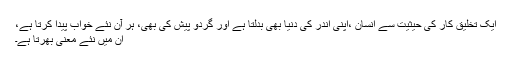
ایک تخلیق کار کی حیثیت سے انسان ،اپنی اندر کی دنیا بھی بدلتا ہے اور گردو پیش کی بھی، ہر آن نئے خواب پیدا کرتا ہے،
ان میں نئے معنی بھرتا ہے۔